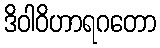
ဒိဝါဝိဟာရဂတော